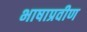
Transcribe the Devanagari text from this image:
भाषाप्रवीण